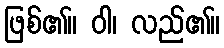
ဖြစ်၏။ ဝါ၊ လည်၏။